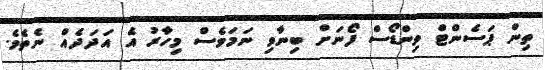
ތިން ޕަސެންޓް ވިންޑޯސް ފޯނަށް ބިނާވި ނަމަވެސް މިހާރު އެ އަދަދެއް ނެތެވެ.